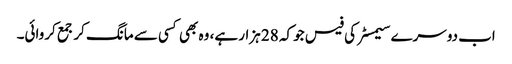
اب دوسرے سیمسٹر کی فیس جو کہ 28 ہزار ہے، وہ بھی کسی سے مانگ کر جمع کروائی۔